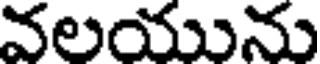
వలయును